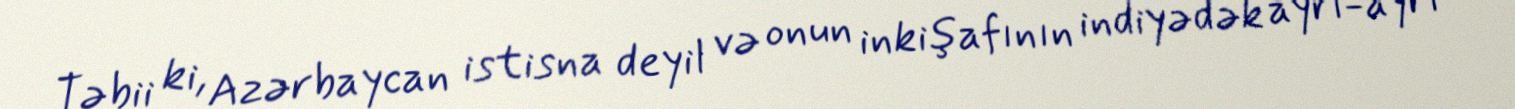
Təbii ki, Azərbaycan istisna deyil və onun inkişafının indiyədək ayrı-ayrı